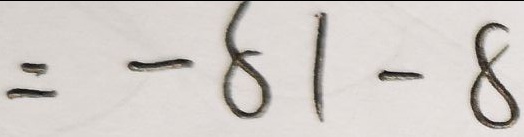
= - 8 1 - 8